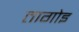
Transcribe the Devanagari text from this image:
तागोइ